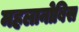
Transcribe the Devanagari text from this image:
महलानोबिस